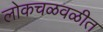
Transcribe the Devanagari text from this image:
लोकचळवळीत